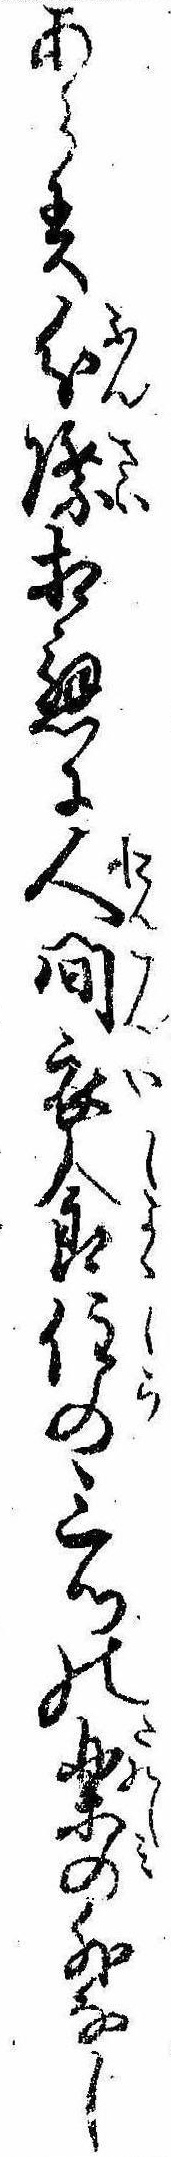
あらす分際相応に人間衣食住の三ツの楽の外なし